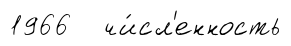
1966 чи́сл'енность